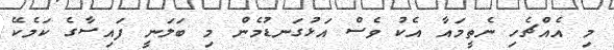
މި އެއްޗެހި ނެތީމައާ އެކު ވެސް އަޅުގަނޑުމެން މި ބަލަނީ ފައިސާގެ ކަމެކޭ